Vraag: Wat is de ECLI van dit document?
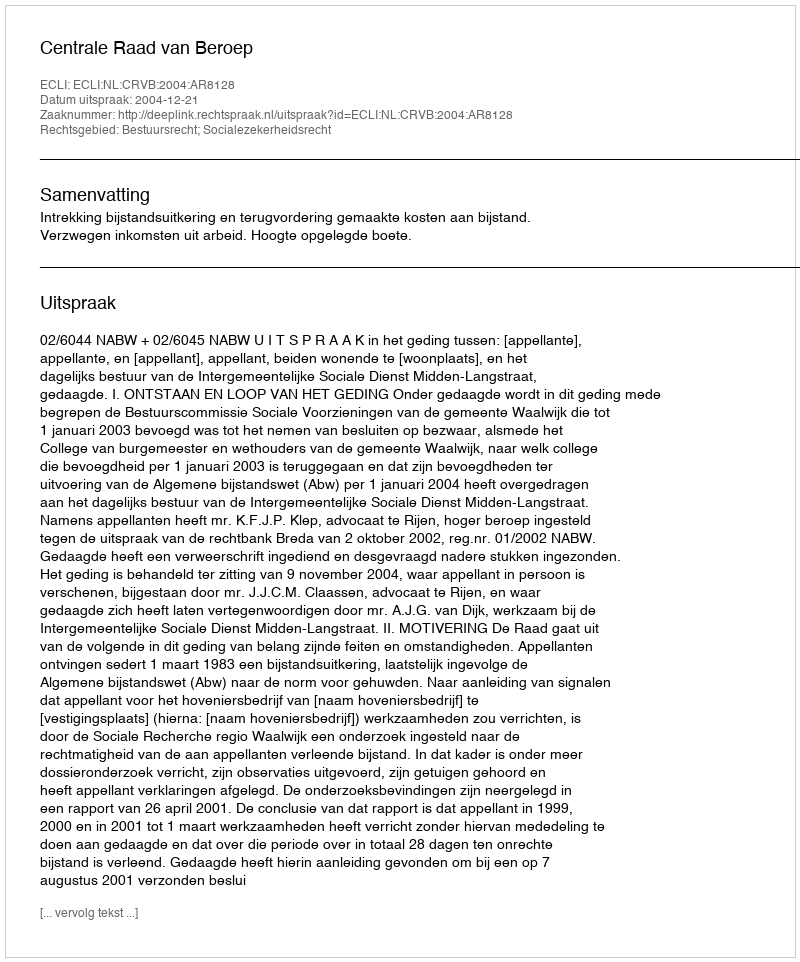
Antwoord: ECLI:NL:CRVB:2004:AR8128